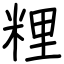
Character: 粴